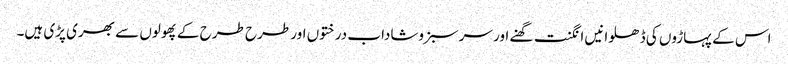
اس کے پہاڑوں کی ڈھلوانیں انگنت گھنے اور سرسبزوشاداب درختوں اور طرح طرح کے پھولوں سے بھری پڑی ہیں۔